Annual report on the working of the lock hospitals in the Central Provinces
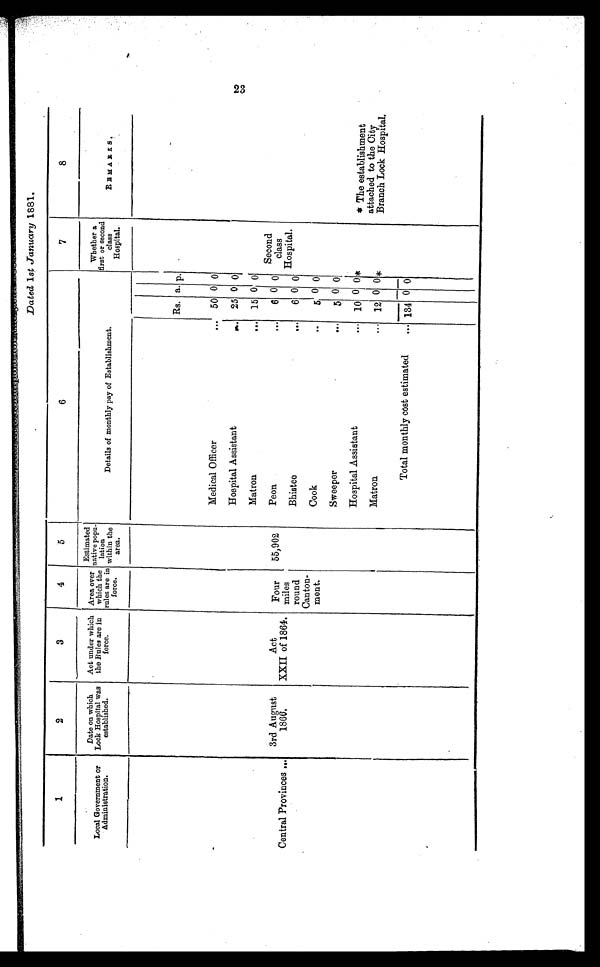
Dated 1st January 1881.
1
2
3
4
5
6
7
8
Local Government or
Administration.
Date on which
Lock Hospital was
established.
Act under which
the Rules are in
force.
Area over
which the
rules are in
force.
Estimated
native popu-
lation
within the
area.
Details of monthly pay of Establishment.
Whether a
first or second
class
Hospital.
REMARKS.
Rs. a p.
Central Provinces ...
3rd August
1866.
Act
XXII of 1864.
Four
mile
s round
Canton-
ment.
55,902
Medical Officer
... 50 0 0
Second
class
Hospital.
Hospital Assistant
25 0 0
Matron
... 15 0 0
Peon
...
6 0 0
Bhistee
...
6 0 0
Cook
...
5 0 0
Sweeper
...
5 0 0
Hospital Assistant
... 10 0 0*
* The establishment
attached to the City
Branch Lock Hospital.
Matron
. . ... 12 0 0*
Total monthly cost estimated
... 134 0 0